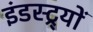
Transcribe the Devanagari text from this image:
इंडस्ट्र्यों